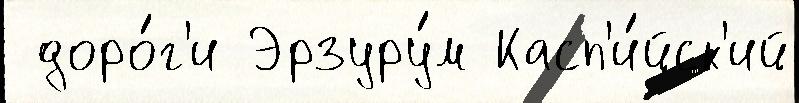
 доро́г'и Эрзуру́м Касп'и́йск'ий